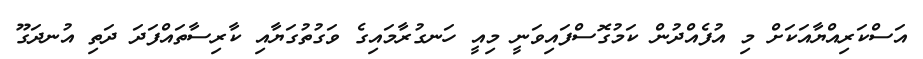
އަސްކަރިއްޔާއަކަށް މި އުފެއްދުން ކަމުގޮސްފައިވަނީ މިއީ ހަނގުރާމައިގެ ވަގުތުގަޔާއި ކާރިސާތައްފަދަ ދަތި އުނދަގޫ